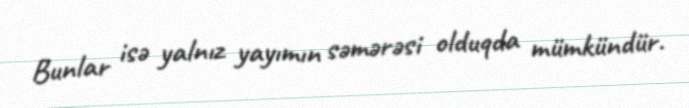
Bunlar isə yalnız yayımın səmərəsi olduqda mümkündür.